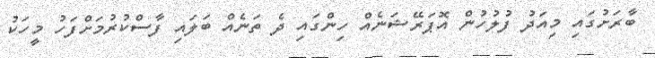
ބާރަށުގައި މިއަދު ފުލުހުން އޮޕަރޭޝަނެއް ހިންގައި ދެ ތަނެއް ބަލައި ފާސްކުރުމަށްފަހު މީހަކު